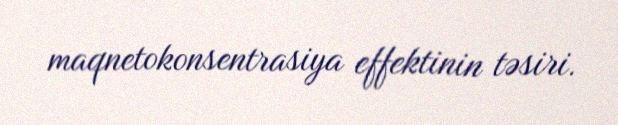
maqnetokonsentrasiya effektinin təsiri.